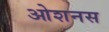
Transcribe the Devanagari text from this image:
ओशनस